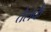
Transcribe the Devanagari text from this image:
तेलके